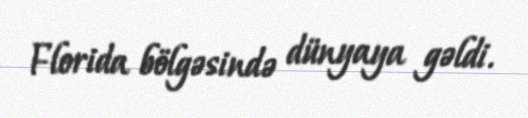
Florida bölgəsində dünyaya gəldi.